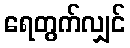
ရေတွက်လျှင်